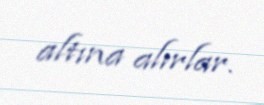
altına alırlar.